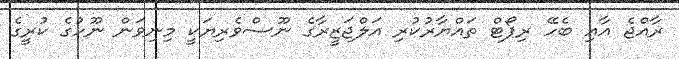
ރާއްޖެ އާއި ބެހޭ ރިޕޯޓް ތައްޔާރުކުރި އަލްޖަޒީރާގެ ނޫސްވެރިޔަކީ މިނިވަން ނޫހުގެ ކުރީގެ